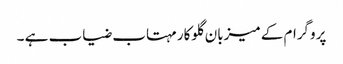
پروگرام کے میزبان گلوکار مہتاب ضیاب ہے ۔